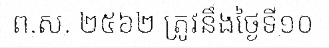
ព.ស. ២៥៦២ ត្រូវនឹងថ្ងៃទី១០